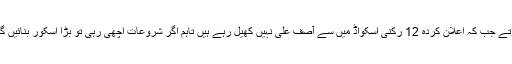
قومی ٹیم کے کپتان سرفراز احمد کا کہنا تھا کہ ٹاس جیت جاتے تو پہلے بیٹنگ ہی کرتے جب کہ اعلان کردہ 12 رکنی اسکواڈ میں سے آصف علی نہیں کھیل رہے ہیں تاہم اگر شروعات اچھی رہی تو بڑا اسکور بنائیں گے، اپنی بولنگ پر پورا اعتماد ہے، محمد عامر اور وہاب ریاض تجربے کار بولر ہیں۔